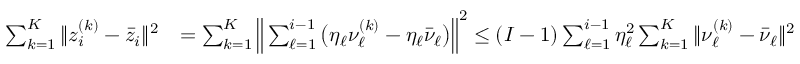
\begin{array} { r l } { \sum _ { k = 1 } ^ { K } \| z _ { i } ^ { ( k ) } - \bar { z } _ { i } \| ^ { 2 } } & { = \sum _ { k = 1 } ^ { K } \Big \| \sum _ { \ell = 1 } ^ { i - 1 } \big ( \eta _ { \ell } \nu _ { \ell } ^ { ( k ) } - \eta _ { \ell } \bar { \nu } _ { \ell } \big ) \Big \| ^ { 2 } \leq { ( I - 1 ) } \sum _ { \ell = 1 } ^ { i - 1 } \eta _ { \ell } ^ { 2 } \sum _ { k = 1 } ^ { K } \| \nu _ { \ell } ^ { ( k ) } - \bar { \nu } _ { \ell } \| ^ { 2 } } \end{array}